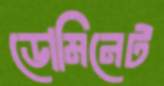
ডোমিনেট